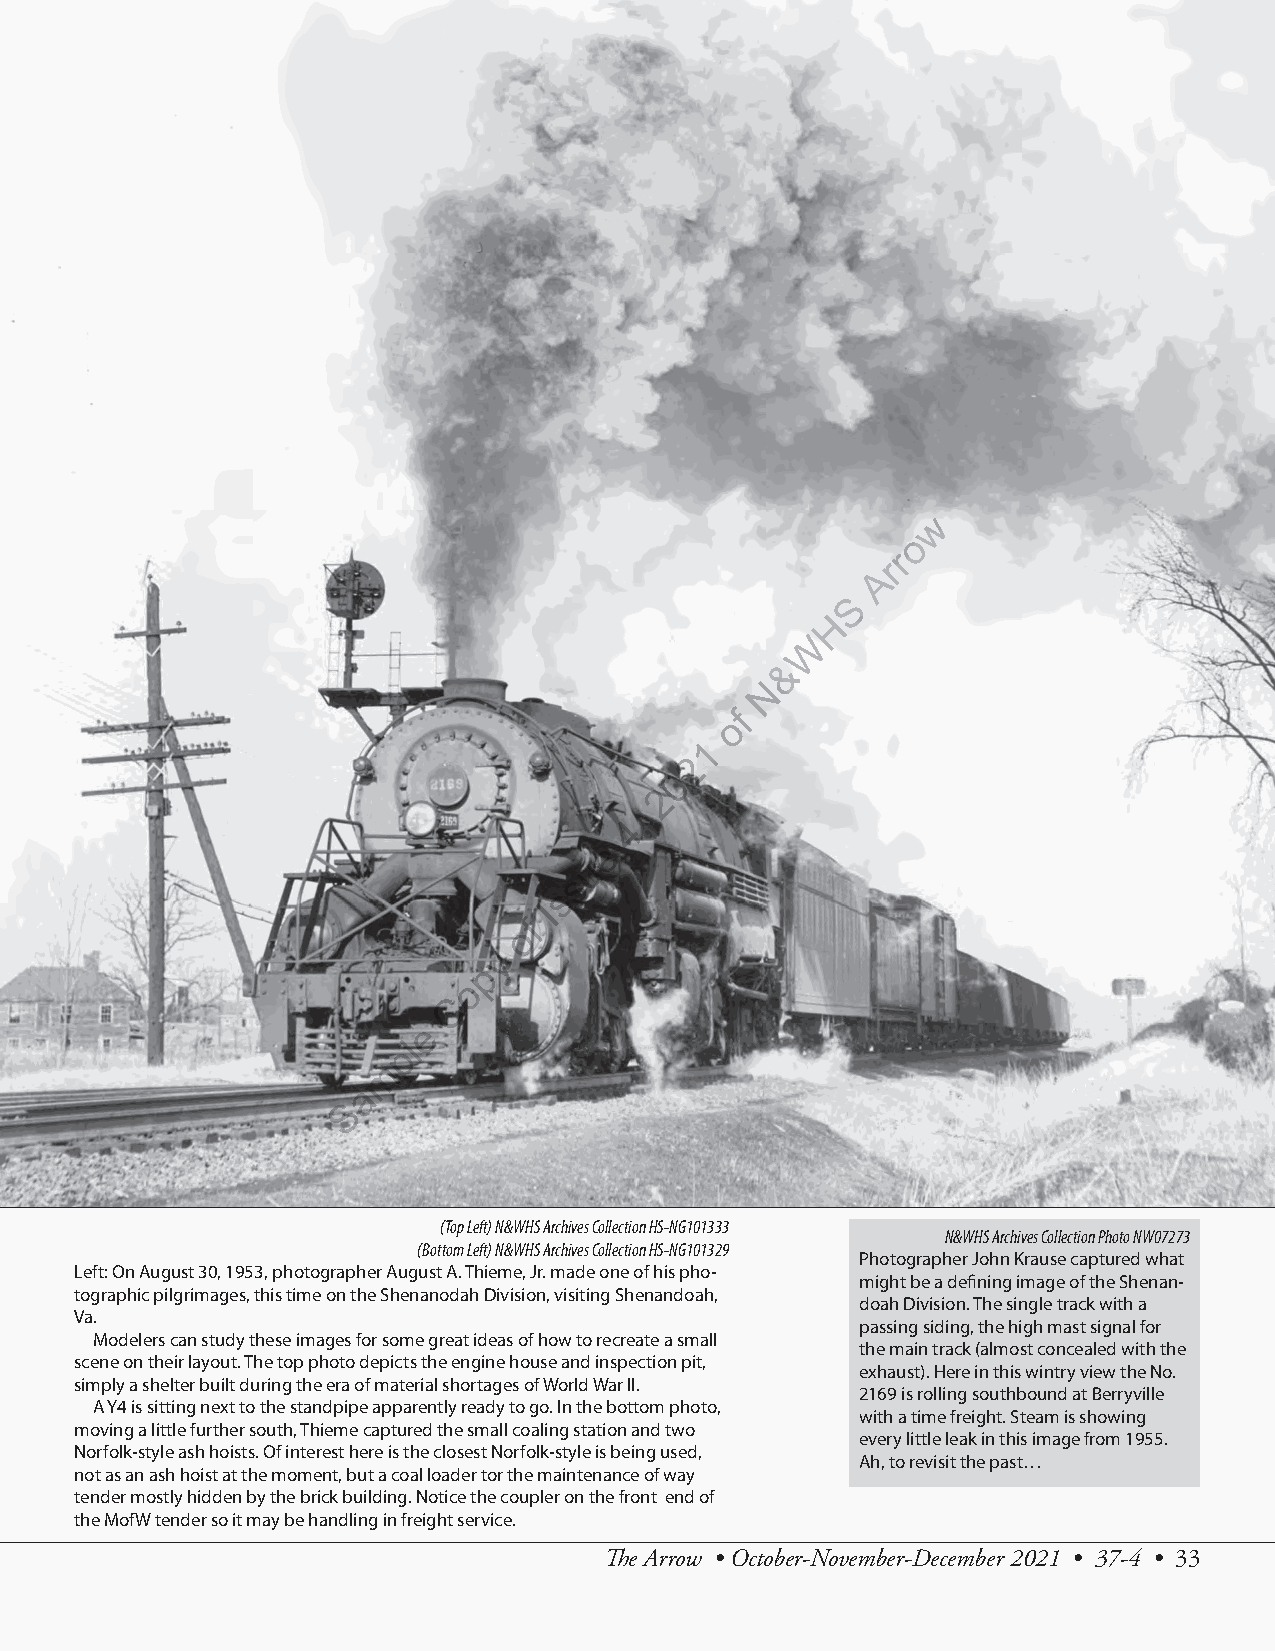
w
 o
 r
 r
 A
 S
 H
 W
 &
 N
 f
 o
 1
 2
 0
 2
 ,
 4
 e
 u
 s
 s
 I
 f
 o
 y
 p
 o
 C
 e
 l
 p
 m
 a
 S
 (Top Left) N&WHS Archives Collection HS-NG101333
 N&WHS Archives Collection Photo NW07273
 (Bottom Left) N&WHS Archives Collection HS-NG101329
 Photographer John Krause captured what
 Left: On August 30, 1953, photographer August A. Thieme, Jr. made one of his pho-
 might be a defining image of the Shenan-
 tographic pilgrimages, this time on the Shenanodah Division, visiting Shenandoah,
 doah Division. The single track with a
 Va.
 passing siding, the high mast signal for
 Modelers can study these images for some great ideas of how to recreate a small
 the main track (almost concealed with the
 scene on their layout. The top photo depicts the engine house and inspection pit,
 exhaust). Here in this wintry view the No.
 simply a shelter built during the era of material shortages of World War II.
 2169 is rolling southbound at Berryville
 A Y4 is sitting next to the standpipe apparently ready to go. In the bottom photo,
 with a time freight. Steam is showing
 moving a little further south, Thieme captured the small coaling station and two
 every little leak in this image from 1955.
 Norfolk-style ash hoists. Of interest here is the closest Norfolk-style is being used,
 Ah, to revisit the past…
 not as an ash hoist at the moment, but a coal loader tor the maintenance of way
 tender mostly hidden by the brick building. Notice the coupler on the front end of
 the MofW tender so it may be handling in freight service.
 The Arrow • October-November-December 2021 • 37-4 • 33